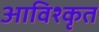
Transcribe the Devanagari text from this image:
आविश्कृत